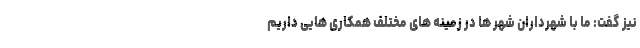
نیز گفت: ما با شهرداران شهر ها در زمینه های مختلف همکاری هایی داریم